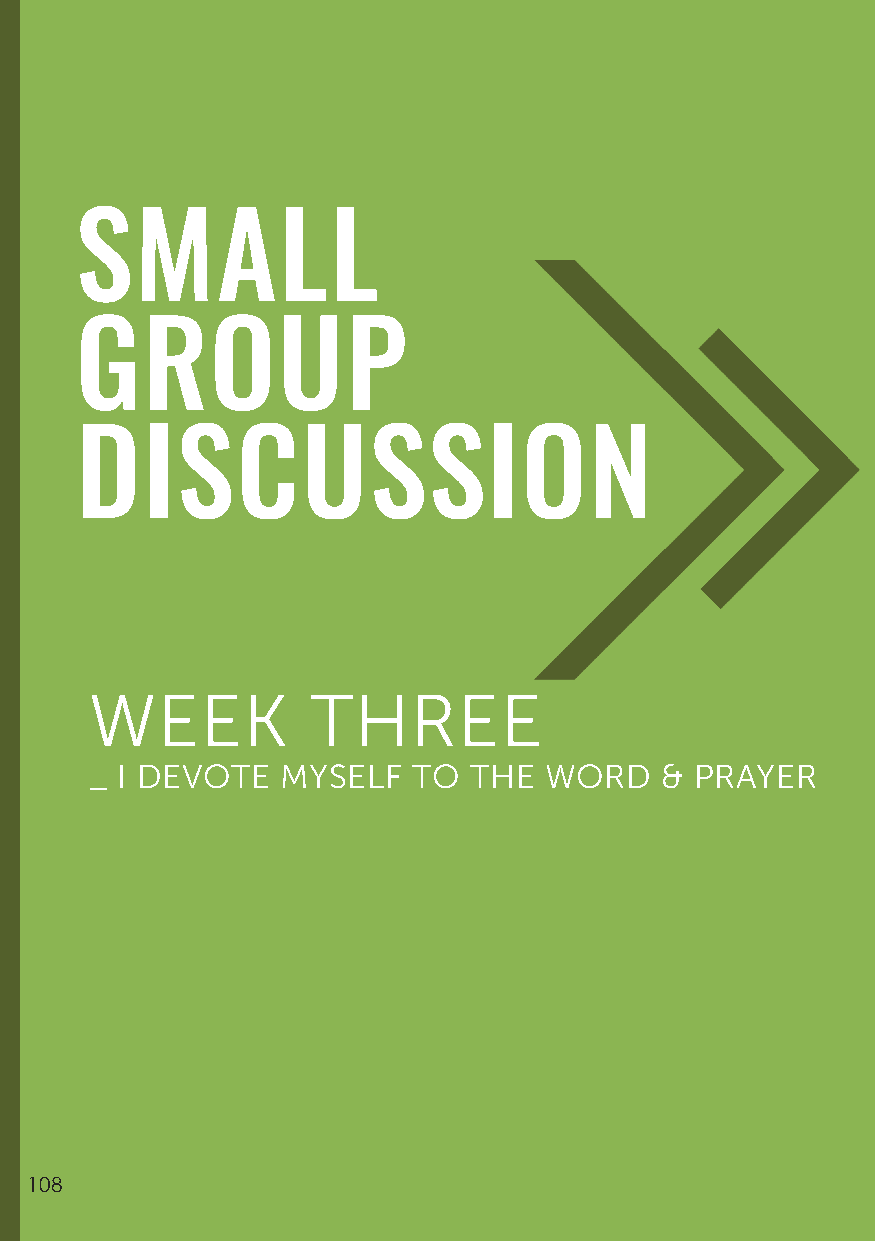
SMALL
 GROUP
 DISCUSSION
 WEEK           THREE
 _ I DEVOTE   MYSELF  TO  THE  WORD    & PRAYER
 108